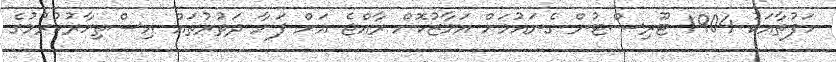
ހަފުތާއަކު 1904 ޓޫރިސްޓުން ގެނައުމަށް އަމާޒުކޮށް ރާއްޖެ އަށް ފަށާ ދަތުރުތައް އިސްތިހާރުކުރުމުގެ